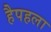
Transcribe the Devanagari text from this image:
हैपहला